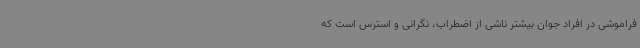
فراموشی در افراد جوان بیشتر ناشی از اضطراب، نگرانی و استرس است که